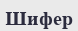
Шифер